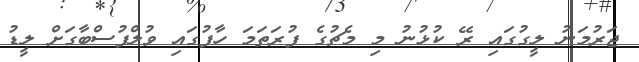
ޖަރުމަނު ލީގުގައި ރޭ ކުޅުނު މި މެޗުގެ ފުރަތަމަ ހާފުގައި ވުލްފުސްބާގަށް ލީޑު